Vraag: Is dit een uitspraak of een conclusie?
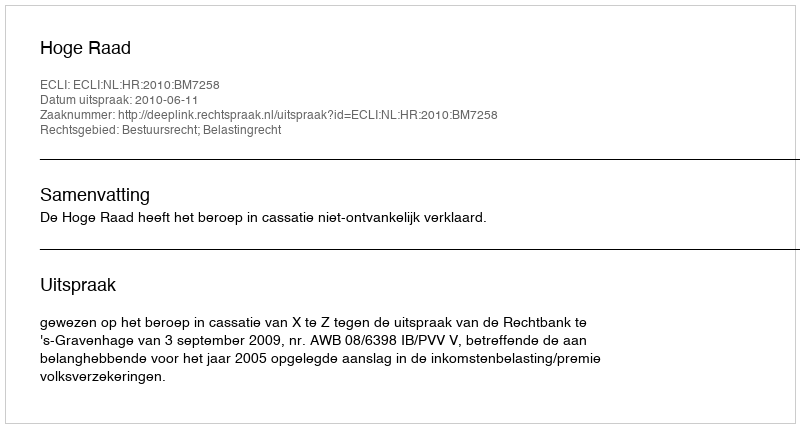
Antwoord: Uitspraak